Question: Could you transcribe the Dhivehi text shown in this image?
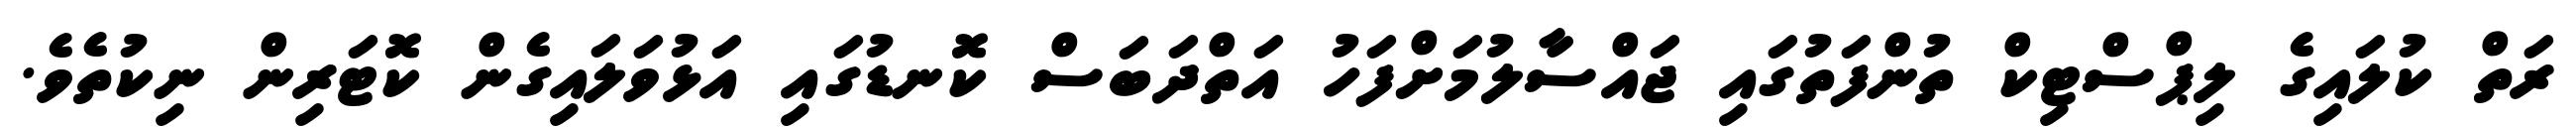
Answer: ރަތް ކުލައިގެ ލިޕްސްޓިކް ތުންފަތުގައި ޖައްސާލުމަށްފަހު އަތްދަބަސް ކޮނޑުގައި އަޅުވަލައިގެން ކޮޓަރިން ނިކުތެވެ.